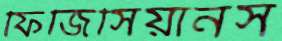
ফিজিসিয়ানস